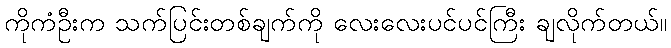
ကိုကံဦးက သက်ပြင်းတစ်ချက်ကို လေးလေးပင်ပင်ကြီး ချလိုက်တယ်။